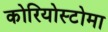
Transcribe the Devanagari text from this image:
कोरियोस्टोमा